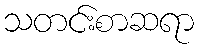
သတင်းစာဆရာ